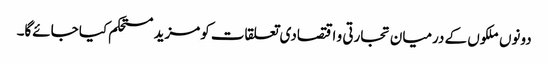
دونوں ملکوں کے درمیان تجارتی و اقتصادی تعلقات کومزید مستحکم کیا جائےگا۔